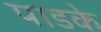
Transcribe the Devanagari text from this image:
पाडके